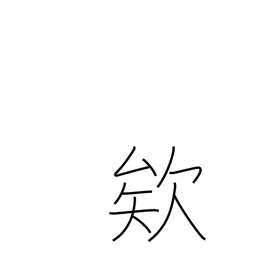
Meaning: exclamation